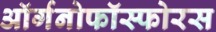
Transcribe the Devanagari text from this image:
ऑर्गनोफॉस्फोरस